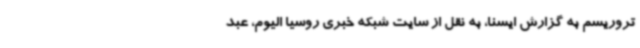
تروریسم به گزارش ایسنا، به نقل از سایت شبکه خبری روسیا الیوم، عبد